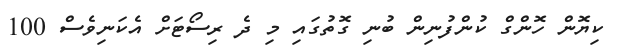
ކިޔޮން ހޮންގް ކުންފުނިން ބުނި ގޮތުގައި މި ދެ ރިސޯޓަށް އެކަނިވެސް 100